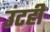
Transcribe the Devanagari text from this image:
उंटही